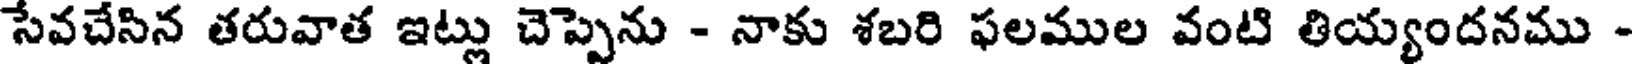
సేవచేసిన తరువాత ఇట్లు చెప్పెను - నాకు శబరి ఫలముల వంటి తియ్యందనము -